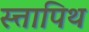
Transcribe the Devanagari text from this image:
स्त्तापिथ